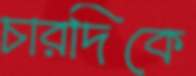
চারদিকে